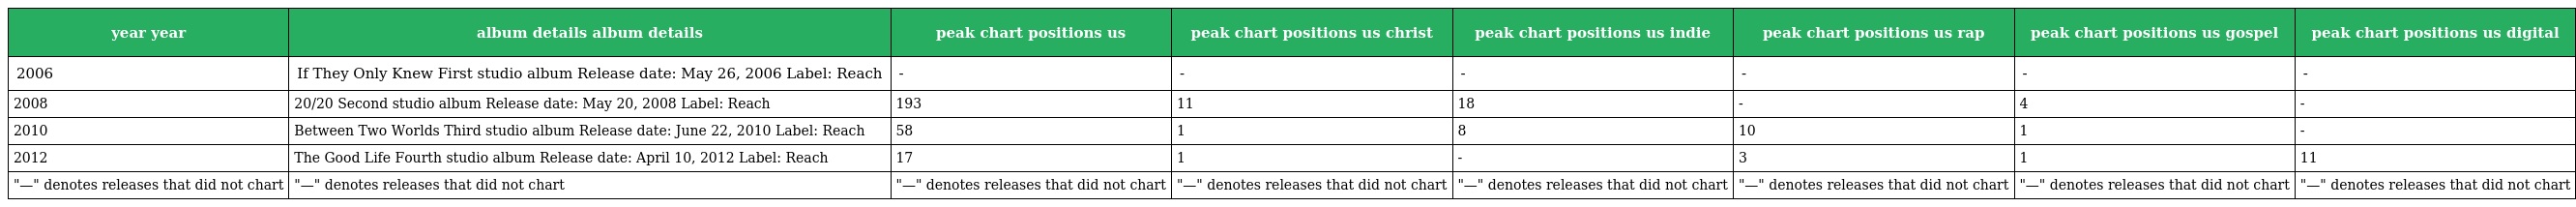
| year year | album details album details | peak chart positions us | peak chart positions us christ | peak chart positions us indie | peak chart positions us rap | peak chart positions us gospel | peak chart positions us digital |
 | --- | --- | --- | --- | --- | --- | --- | --- |
 | 2006 | If They Only Knew First studio album Release date: May 26, 2006 Label: Reach | - | - | - | - | - | - |
 | 2008 | 20/20 Second studio album Release date: May 20, 2008 Label: Reach | 193 | 11 | 18 | - | 4 | - |
 | 2010 | Between Two Worlds Third studio album Release date: June 22, 2010 Label: Reach | 58 | 1 | 8 | 10 | 1 | - |
 | 2012 | The Good Life Fourth studio album Release date: April 10, 2012 Label: Reach | 17 | 1 | - | 3 | 1 | 11 |
 | "—" denotes releases that did not chart | "—" denotes releases that did not chart | "—" denotes releases that did not chart | "—" denotes releases that did not chart | "—" denotes releases that did not chart | "—" denotes releases that did not chart | "—" denotes releases that did not chart | "—" denotes releases that did not chart |